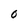
Character: 0